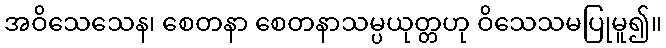
အဝိသေသေန၊ စေတနာ စေတနာသမ္ပယုတ္တဟု ဝိသေသမပြုမူ၍။